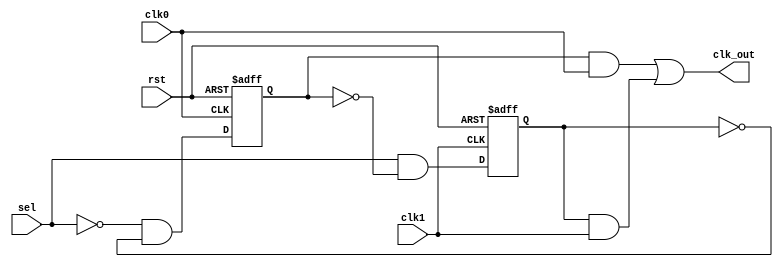
// ======================================================================
// Copyright (c) 2023-2023 All rights reserved
// ======================================================================
// Affiliation  : Tsinghua Univ & NeuraMatrix
// Revise Date  : 2023-06-08 15:57:24
// Description  : VL64 on nowcoder
// ======================================================================

module huawei6 (
  input  wire clk0,
  input  wire clk1,
  input  wire rst,
  input  wire sel,
  output wire clk_out
);

  parameter GLITCH_FREE_METHOD = 0;

  wire clk0_cg;
  wire clk1_cg;
  reg  clk0_en;
  reg  clk1_en;

  generate

    if (GLITCH_FREE_METHOD == 0) begin : gen_method0
      // =============================================
      // Method 0: using clk negedge to sync clk_en
      //           CLKOUT idle state = 0
      // =============================================

      assign clk_out = clk0_cg | clk1_cg;
      assign clk0_cg = clk0_en & clk0;
      assign clk1_cg = clk1_en & clk1;

      always @(negedge clk0 or negedge rst) begin
        if (~rst) begin
          clk0_en <= 1'b0;
        end else begin
          clk0_en <= ~sel & ~clk1_en;
        end
      end

      always @(negedge clk1 or negedge rst) begin
        if (~rst) begin
          clk1_en <= 1'b0;
        end else begin
          clk1_en <= sel & ~clk0_en;
        end
      end
    end

    else begin : gen_method1
      // =============================================
      // Method 1: using clk posedge to sync clk_en
      //           CLKOUT idle state = 1
      // =============================================

      assign clk_out = clk0_cg & clk1_cg;
      assign clk0_cg = ~clk0_en | clk0;
      assign clk1_cg = ~clk1_en | clk1;

      always @(posedge clk0 or negedge rst) begin
        if (~rst) begin
          clk0_en <= 1'b0;
        end else begin
          clk0_en <= ~sel & ~clk1_en;
        end
      end

      always @(posedge clk1 or negedge rst) begin
        if (~rst) begin
          clk1_en <= 1'b0;
        end else begin
          clk1_en <= sel & ~clk0_en;
        end
      end
    end

  endgenerate

endmodule